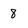
Character: 8